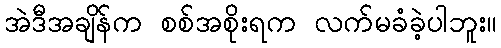
အဲဒီအချိန်က စစ်အစိုးရက လက်မခံခဲ့ပါဘူး။